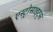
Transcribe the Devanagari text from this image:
एस्ट्रोसाइट्स